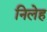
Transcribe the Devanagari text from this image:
निलेह